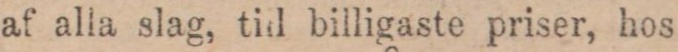
af alla slag, till billigaste priser, hos